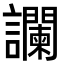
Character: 讕